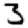
Digit: 3